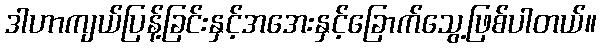
ဒါဟာကျယ်ပြန့်ခြင်းနှင့်အအေးနှင့်ခြောက်သွေ့ဖြစ်ပါတယ်။